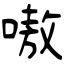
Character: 嗷